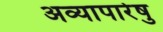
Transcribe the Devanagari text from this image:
अव्यापारेषु